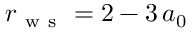
r _ { \mathrm { ~ w ~ s ~ } } = 2 - 3 \, a _ { 0 }